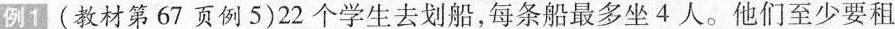
例1(教材第67页例5)22个学生去划船，每条船最多坐4人。他们至少要租